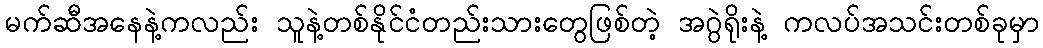
မက်ဆီအနေနဲ့ကလည်း သူနဲ့တစ်နိုင်ငံတည်းသားတွေဖြစ်တဲ့ အဂွဲရိုးနဲ့ ကလပ်အသင်းတစ်ခုမှာ